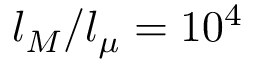
l _ { M } / l _ { \mu } = 1 0 ^ { 4 }